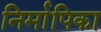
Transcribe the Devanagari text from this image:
निर्मापिका